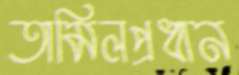
তামিলপ্রধান